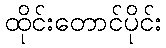
ထိုင်းတောင်ပိုင်း